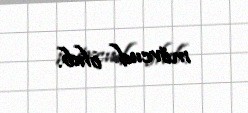
mövcud olub.